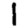
Digit: 1